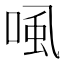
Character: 𰇽